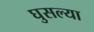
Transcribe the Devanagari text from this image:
घुसल्या